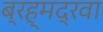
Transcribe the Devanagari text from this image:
ब्रह्मद्रवा